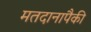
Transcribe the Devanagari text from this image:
मतदानापैकी